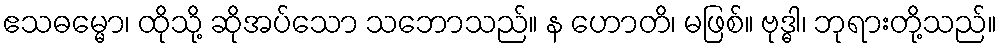
ဧသဓမ္မော၊ ထိုသို့ ဆိုအပ်သော သဘောသည်။ န ဟောတိ၊ မဖြစ်။ ဗုဒ္ဓါ၊ ဘုရားတို့သည်။